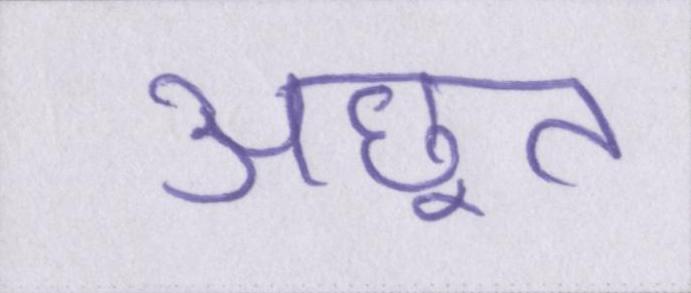
अछूत